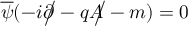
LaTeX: { \overline { { \psi } } } ( - i { \partial \! \! \! { \big / } } - q { A \! \! \! { \big / } } - m ) = 0